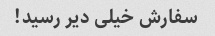
سفارش خیلی دیر رسید!